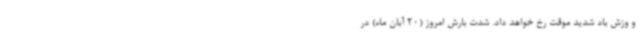
و وزش باد شدید موقت رخ خواهد داد. شدت بارش امروز (20 آبان ماه) در